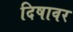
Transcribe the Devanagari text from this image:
दिषावर